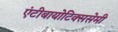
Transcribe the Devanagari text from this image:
एंटीबायोटिक्ससेमी